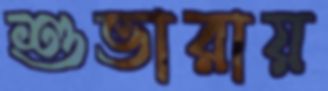
শুভারায়